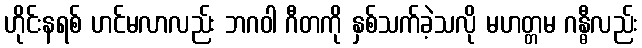
ဟိုင်းနရစ် ဟင်မလာလည်း ဘဂဝါ ဂီတကို နှစ်သက်ခဲ့သလို မဟတ္တမ ဂန္ဓီလည်း